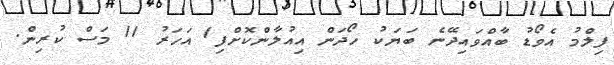
ފިލްމު އެވޯޑު ބާއްވައިދޭނެ ބަޔަކު ހޯދަން އިއުލާންކޮށްފި1 އަހަރު 11 މަސް ކުރިން.